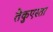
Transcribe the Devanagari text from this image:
तेकुएस्ता